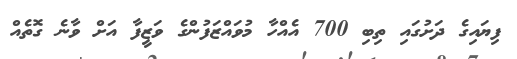
ފިޔައިގެ ދަށުގައި ތިބި 700 އެއްހާ މުވައްޒަފުންގެ ވަޒީފާ އަށް ވާނެ ގޮތެއް